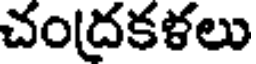
చంద్రకళలు